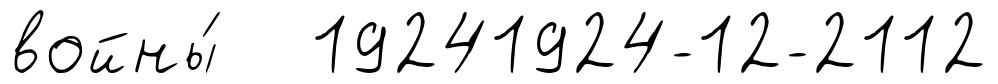
войны́ 19241924-12-2112